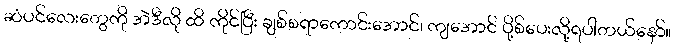
ဆံပင်လေးတွေကို အဲဒီလို ထိ ကိုင်ပြီး ချစ်စရာကောင်းအောင်၊ ကျအောင် ပို့စ်ပေးလို့ရပါတယ်နော်။